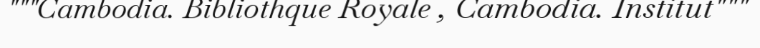
"""Cambodia. Bibliothque Royale , Cambodia. Institut"""